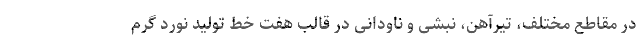
در مقاطع مختلف، تیرآهن، نبشی و ناودانی در قالب هفت خط تولید نورد گرم